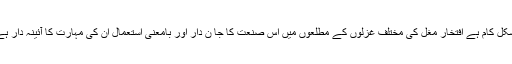
’’صنعت ترافق ‘‘کا استعمال فنی اعتبار سے ایک مشکل کام ہے افتخارؔ مغل کی مختلف غزلوں کے مطلعوں میں اس صنعت کا جا ن دار اور بامعنی استعمال اُن کی مہارت کا آئینہ دار ہے مثال میں اُن کی چند غزلوں کے مطلعے پیش ہیں۔